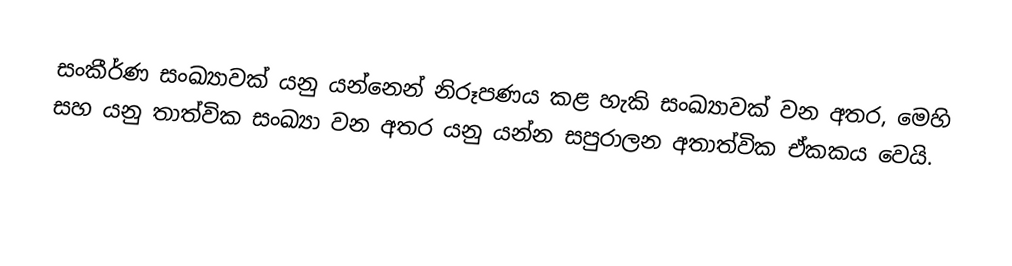
සංකීර්ණ සංඛ්‍යාවක් යනු   යන්නෙන් නිරූපණය කළ හැකි සංඛ්‍යාවක් වන අතර, මෙහි   සහ   යනු  තාත්වික සංඛ්‍යා වන අතර   යනු   යන්න සපුරාලන අතාත්වික ඒකකය වෙයි.